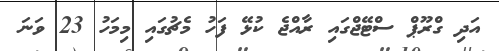
އަދި ގްރޫޕް ސްޓޭޖްގައި ރާއްޖެ ކުޅޭ ފަހު މެޗުގައި މިމަހު 23 ވަނަ